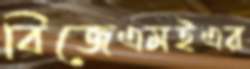
বিজেএমইএর